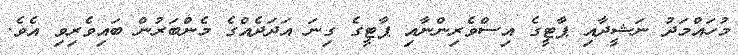
މުހައްމަދު ނަޝީދާއި ޕާޓީގެ އިސްވެރިންނާއި ޕާޓީގެ ގިނަ އަދަދެއްގެ މެންބަރުން ބައިވެރިވި އެވެ.